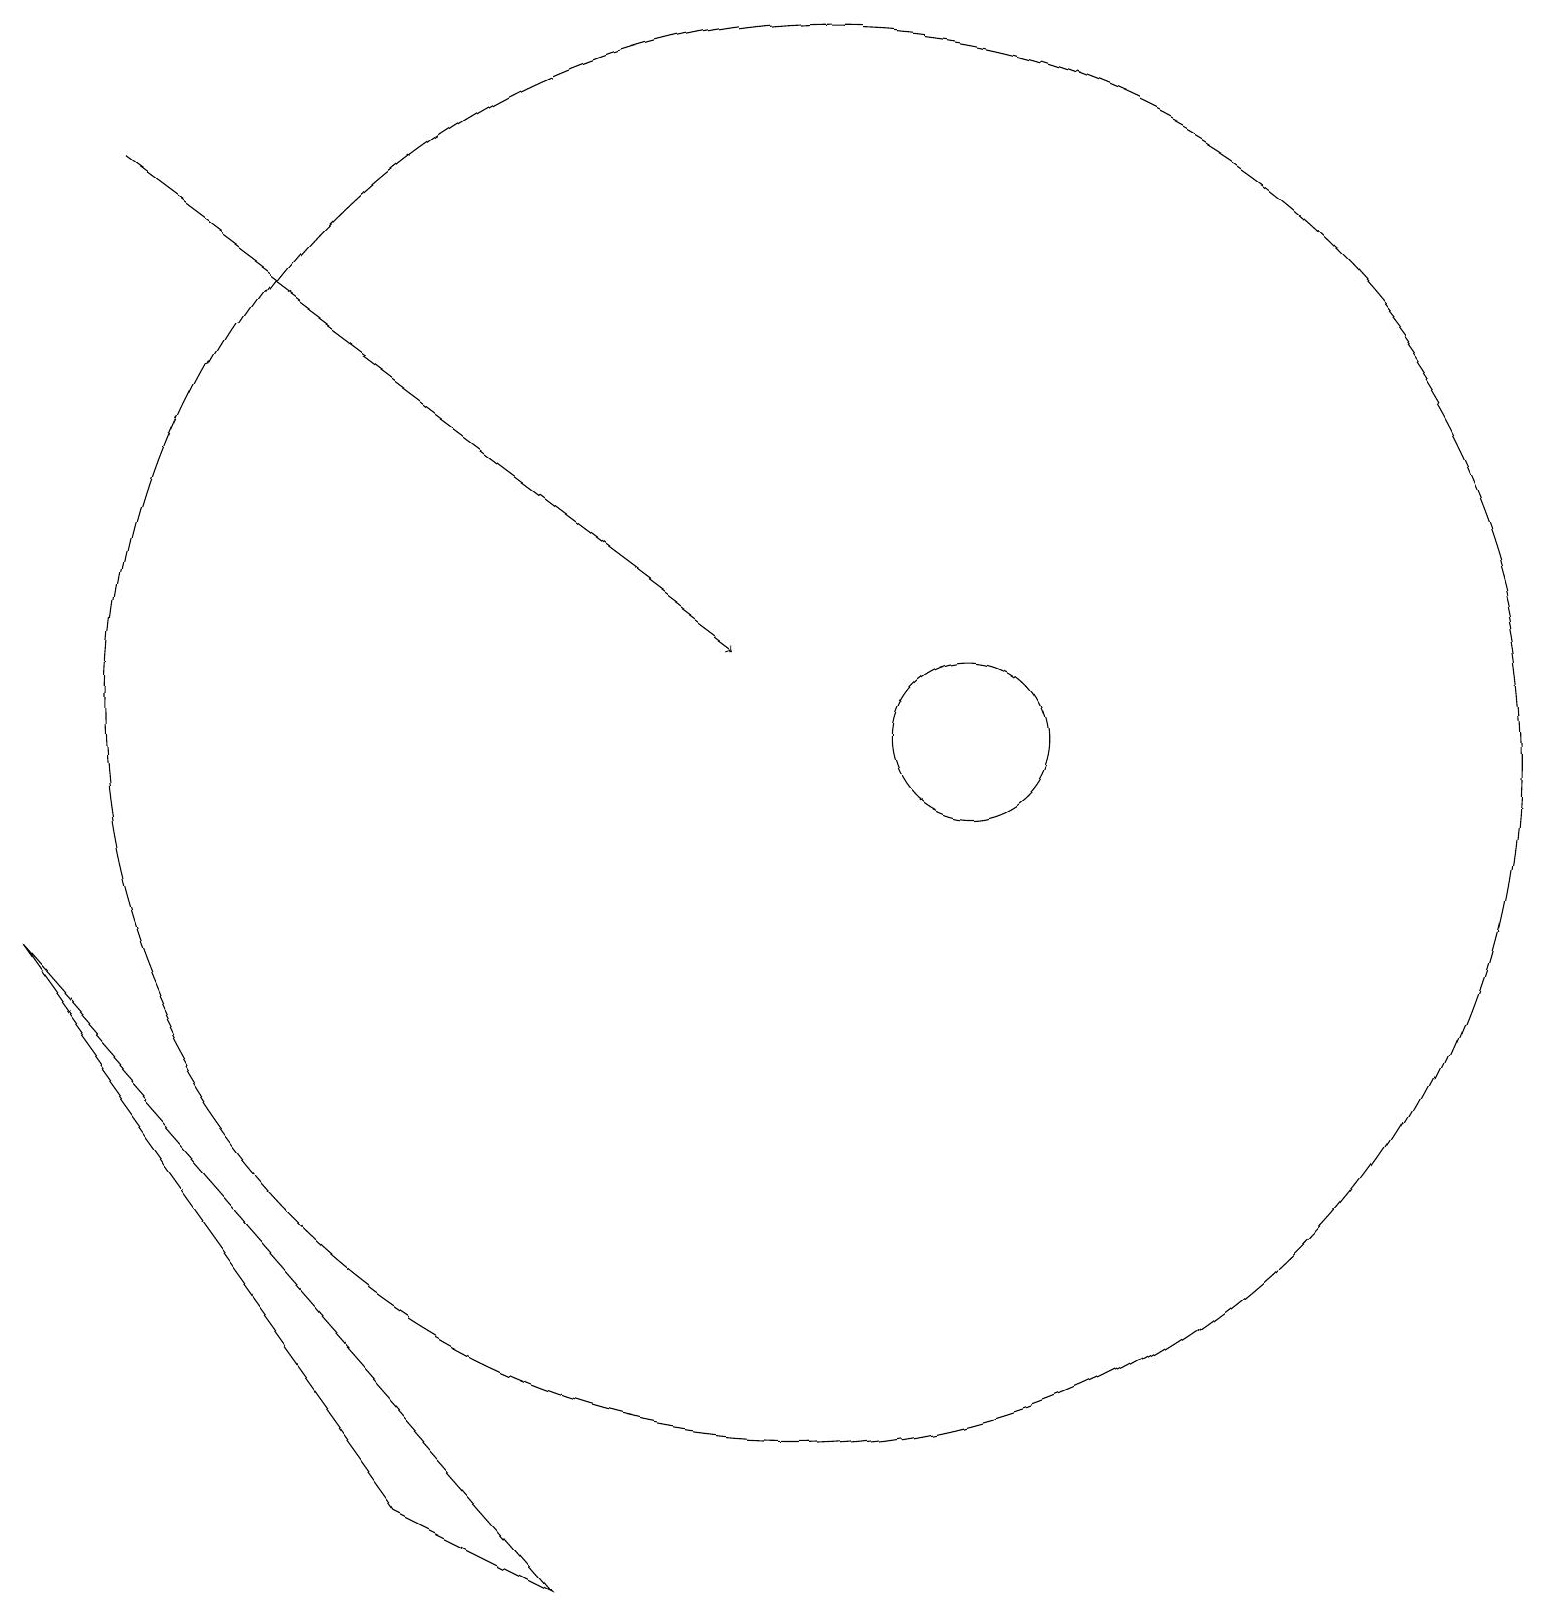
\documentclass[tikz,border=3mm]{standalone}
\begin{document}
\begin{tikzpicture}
\draw[->] (1,18) -- (9,12);
\draw (5,1) -- (0,8) -- (7,0) -- cycle;
\draw (10,11) circle (9);
\draw (12,11) circle (1);
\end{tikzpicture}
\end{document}